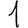
Digit: 1